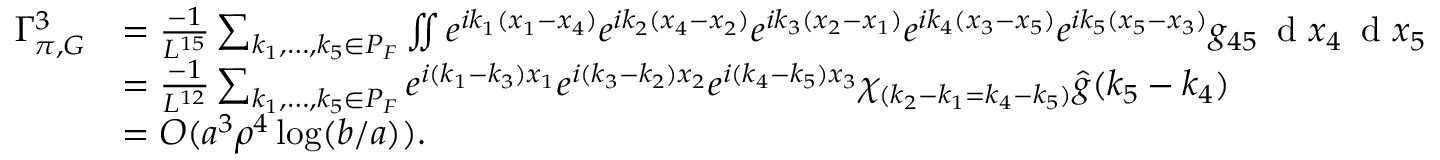
\begin{array} { r l } { \Gamma _ { \pi , G } ^ { 3 } } & { = \frac { - 1 } { L ^ { 1 5 } } \sum _ { k _ { 1 } , \ldots , k _ { 5 } \in P _ { F } } \iint e ^ { i k _ { 1 } ( x _ { 1 } - x _ { 4 } ) } e ^ { i k _ { 2 } ( x _ { 4 } - x _ { 2 } ) } e ^ { i k _ { 3 } ( x _ { 2 } - x _ { 1 } ) } e ^ { i k _ { 4 } ( x _ { 3 } - x _ { 5 } ) } e ^ { i k _ { 5 } ( x _ { 5 } - x _ { 3 } ) } g _ { 4 5 } \, \textnormal { d } x _ { 4 } \, \textnormal { d } x _ { 5 } } \\ & { = \frac { - 1 } { L ^ { 1 2 } } \sum _ { k _ { 1 } , \ldots , k _ { 5 } \in P _ { F } } e ^ { i ( k _ { 1 } - k _ { 3 } ) x _ { 1 } } e ^ { i ( k _ { 3 } - k _ { 2 } ) x _ { 2 } } e ^ { i ( k _ { 4 } - k _ { 5 } ) x _ { 3 } } \chi _ { ( k _ { 2 } - k _ { 1 } = k _ { 4 } - k _ { 5 } ) } \hat { g } ( k _ { 5 } - k _ { 4 } ) } \\ & { = O ( a ^ { 3 } \rho ^ { 4 } \log ( b / a ) ) . } \end{array}